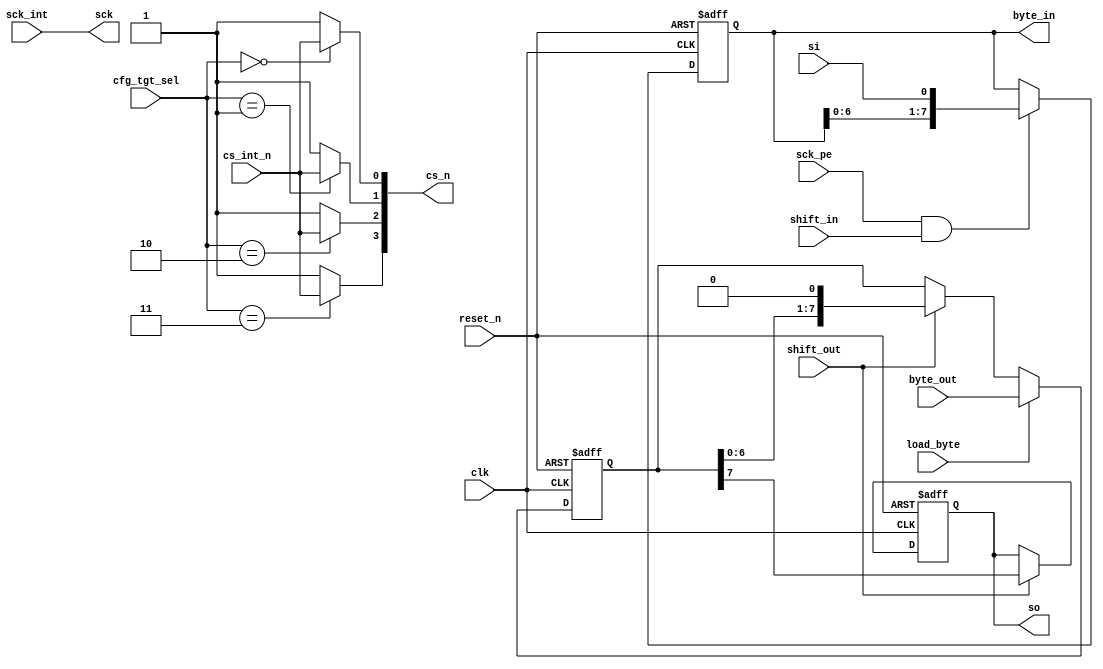
//////////////////////////////////////////////////////////////////////
////                                                              ////
////  xSPI Interface Module                                       ////
////                                                              ////
////  This file is part of the xspi project                       ////
////  https://opencores.org/projects/xspi                         ////
////                                                              ////
////  Description                                                 ////
////  xspi definitions.                                           ////
////                                                              ////
////  To Do:                                                      ////
////    nothing                                                   ////
////                                                              ////
////  Author(s):                                                  ////
////      - Dinesh Annayya, dinesha@opencores.org                 ////
////                                                              ////
//////////////////////////////////////////////////////////////////////
////                                                              ////
//// Copyright (C) 2000 Authors and OPENCORES.ORG                 ////
////                                                              ////
//// This source file may be used and distributed without         ////
//// restriction provided that this copyright statement is not    ////
//// removed from the file and that any derivative work contains  ////
//// the original copyright notice and the associated disclaimer. ////
////                                                              ////
//// This source file is free software; you can redistribute it   ////
//// and/or modify it under the terms of the GNU Lesser General   ////
//// Public License as published by the Free Software Foundation; ////
//// either version 2.1 of the License, or (at your option) any   ////
//// later version.                                               ////
////                                                              ////
//// This source is distributed in the hope that it will be       ////
//// useful, but WITHOUT ANY WARRANTY; without even the implied   ////
//// warranty of MERCHANTABILITY or FITNESS FOR A PARTICULAR      ////
//// PURPOSE.  See the GNU Lesser General Public License for more ////
//// details.                                                     ////
////                                                              ////
//// You should have received a copy of the GNU Lesser General    ////
//// Public License along with this source; if not, download it   ////
//// from http://www.opencores.org/lgpl.shtml                     ////
////                                                              ////
//////////////////////////////////////////////////////////////////////

module xspi_if
          (
           clk, 
           reset_n,

           // towards ctrl i/f
           sck_pe,
           sck_int,
           cs_int_n,
           byte_in,
           load_byte,
           byte_out,
           shift_out,
           shift_in,

           cfg_tgt_sel,

           sck,
           so,
           si,
           cs_n
           );

  input clk,reset_n;
  input sck_pe;
  input sck_int,cs_int_n;
  
  input       load_byte;
  input [1:0] cfg_tgt_sel;

  input [7:0] byte_out;
  input       shift_out,shift_in;

  output [7:0] byte_in;
  output       sck,so;
  output [3:0] cs_n;
  input        si;


  reg [7:0]    so_reg;
  reg [7:0]    si_reg;
  wire [7:0]   byte_out;
  wire         sck;
  reg          so;
  wire [3:0]   cs_n;


  //Output Shift Register

  always @(posedge clk or negedge reset_n) begin
     if(!reset_n) begin
        so_reg <= 8'h00;
        so <= 1'b0;
     end
     else begin
        if(load_byte) begin
           so_reg <= byte_out;
           if(shift_out) begin 
              // Handling backto back case : 
              // Last Transfer bit + New Trasfer Load
              so <= so_reg[7];
           end
        end // if (load_byte)
        else begin
           if(shift_out) begin
              so <= so_reg[7];
              so_reg <= {so_reg[6:0],1'b0};
           end // if (shift_out)
        end // else: !if(load_byte)
     end // else: !if(!reset_n)
  end // always @ (posedge clk or negedge reset_n)


// Input shift register
  always @(posedge clk or negedge reset_n) begin
     if(!reset_n) begin
        si_reg <= 8'h0;
     end
     else begin
        if(sck_pe & shift_in) begin
           si_reg[7:0] <= {si_reg[6:0],si};
        end // if (sck_pe & shift_in)
     end // else: !if(!reset_n)
  end // always @ (posedge clk or negedge reset_n)


  assign byte_in[7:0] = si_reg[7:0];
  assign cs_n[0] = (cfg_tgt_sel[1:0] == 2'b00) ? cs_int_n : 1'b1;
  assign cs_n[1] = (cfg_tgt_sel[1:0] == 2'b01) ? cs_int_n : 1'b1;
  assign cs_n[2] = (cfg_tgt_sel[1:0] == 2'b10) ? cs_int_n : 1'b1;
  assign cs_n[3] = (cfg_tgt_sel[1:0] == 2'b11) ? cs_int_n : 1'b1;
  assign sck = sck_int;

endmodule